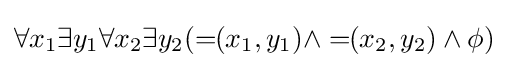
\forall x_{1}\exists y_{1}\forall x_{2}\exists y_{2}(=\!\!(x_{1},y_{1})\wedge =\!\!(x_{2},y_{2})\wedge \phi )